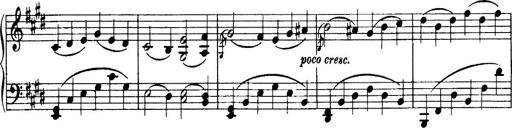
Title: 3 Sonatinas, Op.67
Composer: Jean Sibelius